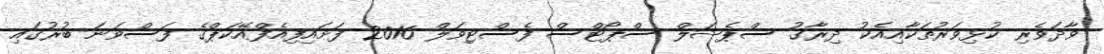
ވާދަވެރި ކުޅިވަރުތަކާއިއެކު ދިރާގު ސްޕެޝަލް ސްޕޯޓްސް ފެސްޓިވަލް 2016 ފަށައިފިއެފްއޭކަޕްގެ ފަސްވަނަ ބުރުގައި